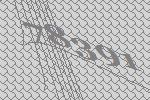
78391